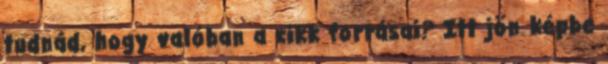
tudnád, hogy valóban a cikk forrásai? Itt jön képbe